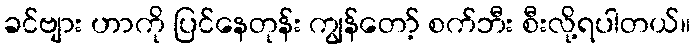
ခင်ဗျား ဟာကို ပြင်နေတုန်း ကျွန်တော့် စက်ဘီး စီးလို့ရပါတယ်။